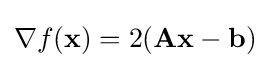
\nabla f(\mathbf {x} )=2(\mathbf {A} \mathbf {x} -\mathbf {b} )